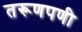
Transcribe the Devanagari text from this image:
तरूणपणी